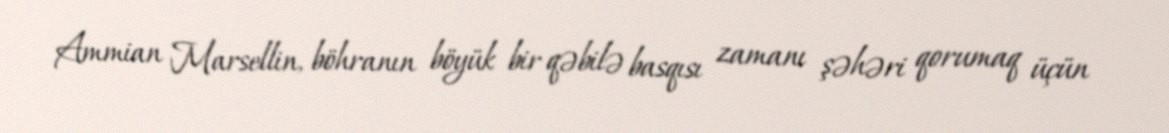
Ammian Marsellin, böhranın böyük bir qəbilə basqısı zamanı şəhəri qorumaq üçün